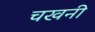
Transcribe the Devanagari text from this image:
चखनी